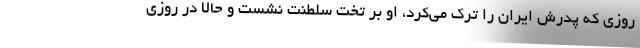
روزی که پدرش ایران را ترک می‌کرد، او بر تخت سلطنت نشست و حالا در روزی